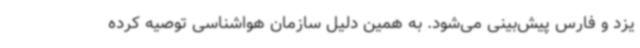
یزد و فارس پیش‌بینی می‌شود. به همین دلیل سازمان هواشناسی توصیه کرده